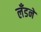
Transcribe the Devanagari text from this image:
लँडने